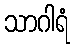
သာဂါရံ